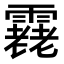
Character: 𩅯